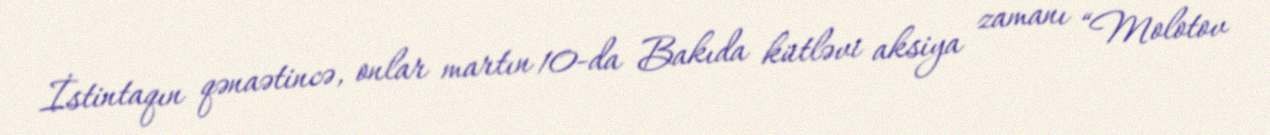
İstintaqın qənaətincə, onlar martın 10-da Bakıda kütləvi aksiya zamanı “Molotov